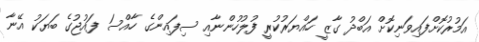
އަމުރުކޮށްފައިވަނިކޮށް އަބްދު ގާޒީ ހައްޔަރުކުރީ ފުލުހުންނާއި ސިފައިންގެ ހާއްސަ ފައުޖުގެ ބަޔަކު އޭނާ